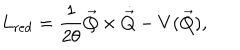
L _ { \mathrm { r e d } } = \frac { 1 } { 2 \theta } \vec { Q } \times \dot { \vec { Q } } - V ( \vec { Q } ) ,